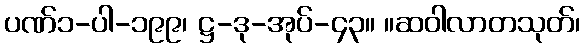
ပဏ်၁-ပါ-၁၉၉၊ ဋ္ဌ-ဒု-အုပ်-၄၃။ ။ဆဝါလာတသုတ်၊